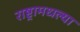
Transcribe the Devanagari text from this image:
राष्ट्रामधल्या